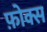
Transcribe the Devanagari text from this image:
फ़ोक्स